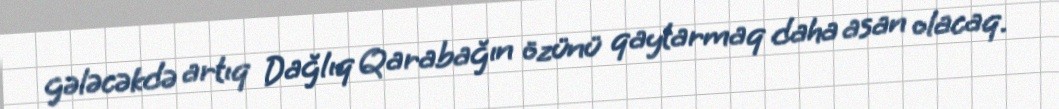
gələcəkdə artıq Dağlıq Qarabağın özünü qaytarmaq daha asan olacaq.